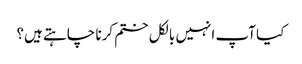
کیا آپ انہیں بالکل ختم کرنا چاہتے ہیں؟